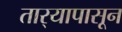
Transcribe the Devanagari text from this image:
तार्‍यापासून